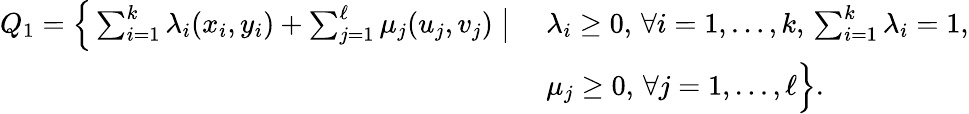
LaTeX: \begin{array}{r}{\begin{array}{ll}{Q_{1}=\Big\{ \sum_{i=1}^{k}\lambda_{i}(x_{i},y_{i})+\sum_{j=1}^{\ell}\mu_{j}(u_{j},v_{j})\; \big|\; }&{\lambda_{i}\geq 0,\, \forall i=1,\ldots,k,\, \sum_{i=1}^{k}\lambda_{i}=1,}\\ &{\mu_{j}\geq 0,\, \forall j=1,\ldots,\ell\Big\} .}\end{array}}\end{array}